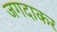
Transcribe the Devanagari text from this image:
जगदाकर